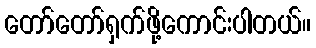
တော်တော်ရှက်ဖို့ကောင်းပါတယ်။